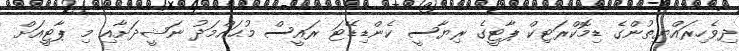
ދިވެހިރައްޔިތުންގެ ޑިމޮކްރަޓިކް ޕާޓީގެ ރިޔާސީ ކެންޑިޑޭޓަ ރައީސް މުޙައްމަދު ނަޝީދަށާއި މި ޕާޓީއަށް